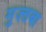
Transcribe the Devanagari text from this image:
मुज़्तबा